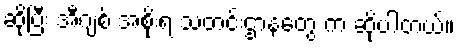
ဆိုပြီး အီဂျစ် အစိုးရ သတင်းဌာနတွေ က ဆိုပါတယ်။